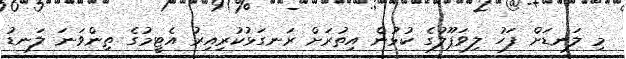
މި ލަނޑަށް ފަހު ލިވަޕޫލުގެ ކުޅުން އިތުރަށް ރަނގަޅުކުރިއިރު އެޓީމުގެ ތިންވަނަ ލަނޑު